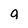
Character: 9